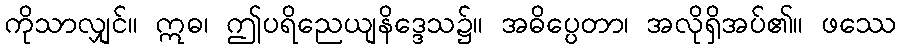
ကိုသာလျှင်။ ဣဓ၊ ဤပရိညေယျနိဒ္ဒေသ၌။ အဓိပ္ပေတာ၊ အလိုရှိအပ်၏။ ဖဿေ